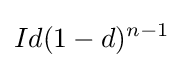
Id(1-d)^{n-1}